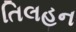
તિલહન